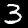
Digit: 3